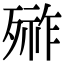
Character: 𣩋